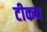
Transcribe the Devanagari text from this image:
टीकप